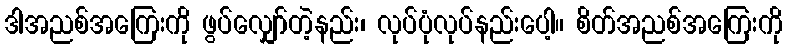
ဒါအညစ်အကြေးကို ဖွပ်လျှော်တဲ့နည်း၊ လုပ်ပုံလုပ်နည်းပေါ့။ စိတ်အညစ်အကြေးကို